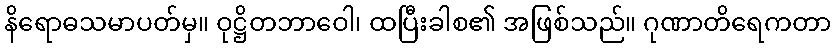
နိရောဓသမာပတ်မှ။ ဝုဋ္ဌိတဘာဝေါ၊ ထပြီးခါစ၏ အဖြစ်သည်။ ဂုဏာတိရေကတာ